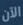
الآن